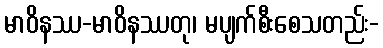
မာဝိနဿ-မာဝိနဿတု၊ မပျက်စီးစေသတည်း-